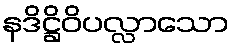
နဒိဋ္ဌိဝိပလ္လာသော